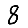
Digit: 8